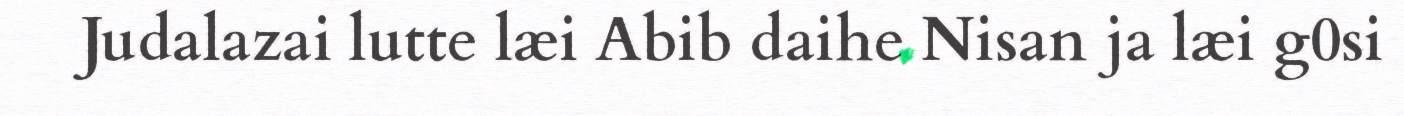
Judalazai lutte læi Abib daihe Nisan ja læi g0si